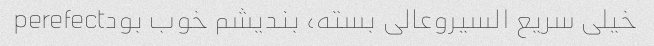
خیلی سریع السیروعالی بسته، بندیشم خوب بودperefect